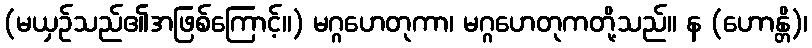
(မယှဉ်သည်၏အဖြစ်ကြောင့်။) မဂ္ဂဟေတုကာ၊ မဂ္ဂဟေတုကတို့သည်။ န (ဟောန္တိ)၊